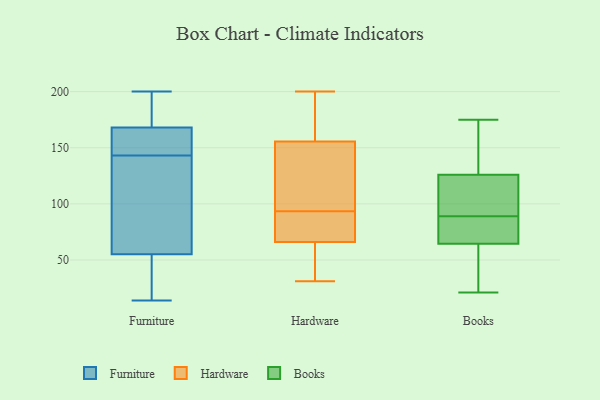
{"axis": {"x": "Active Users", "y": "Value"}, "legend": ["Books", "Furniture", "Hardware"], "data": [{"x": "", "y": 137, "type": "Furniture"}, {"x": "", "y": 15, "type": "Furniture"}, {"x": "", "y": 66, "type": "Furniture"}, {"x": "", "y": 190, "type": "Furniture"}, {"x": "", "y": 98, "type": "Furniture"}, {"x": "", "y": 14, "type": "Furniture"}, {"x": "", "y": 160, "type": "Furniture"}, {"x": "", "y": 174, "type": "Furniture"}, {"x": "", "y": 152, "type": "Furniture"}, {"x": "", "y": 168, "type": "Furniture"}, {"x": "", "y": 55, "type": "Furniture"}, {"x": "", "y": 197, "type": "Furniture"}, {"x": "", "y": 149, "type": "Furniture"}, {"x": "", "y": 200, "type": "Furniture"}, {"x": "", "y": 24, "type": "Furniture"}, {"x": "", "y": 16, "type": "Furniture"}, {"x": "", "y": 168, "type": "Furniture"}, {"x": "", "y": 115, "type": "Furniture"}, {"x": "", "y": 142, "type": "Hardware"}, {"x": "", "y": 199, "type": "Hardware"}, {"x": "", "y": 72, "type": "Hardware"}, {"x": "", "y": 31, "type": "Hardware"}, {"x": "", "y": 135, "type": "Hardware"}, {"x": "", "y": 31, "type": "Hardware"}, {"x": "", "y": 169, "type": "Hardware"}, {"x": "", "y": 60, "type": "Hardware"}, {"x": "", "y": 78, "type": "Hardware"}, {"x": "", "y": 89, "type": "Hardware"}, {"x": "", "y": 98, "type": "Hardware"}, {"x": "", "y": 200, "type": "Hardware"}, {"x": "", "y": 151, "type": "Books"}, {"x": "", "y": 126, "type": "Books"}, {"x": "", "y": 151, "type": "Books"}, {"x": "", "y": 57, "type": "Books"}, {"x": "", "y": 95, "type": "Books"}, {"x": "", "y": 72, "type": "Books"}, {"x": "", "y": 29, "type": "Books"}, {"x": "", "y": 115, "type": "Books"}, {"x": "", "y": 88, "type": "Books"}, {"x": "", "y": 142, "type": "Books"}, {"x": "", "y": 115, "type": "Books"}, {"x": "", "y": 175, "type": "Books"}, {"x": "", "y": 63, "type": "Books"}, {"x": "", "y": 81, "type": "Books"}, {"x": "", "y": 78, "type": "Books"}, {"x": "", "y": 21, "type": "Books"}, {"x": "", "y": 53, "type": "Books"}, {"x": "", "y": 66, "type": "Books"}, {"x": "", "y": 90, "type": "Books"}, {"x": "", "y": 126, "type": "Books"}]}